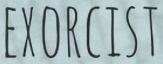
EXORCIST